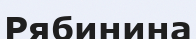
Рябинина